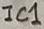
Text: IC1